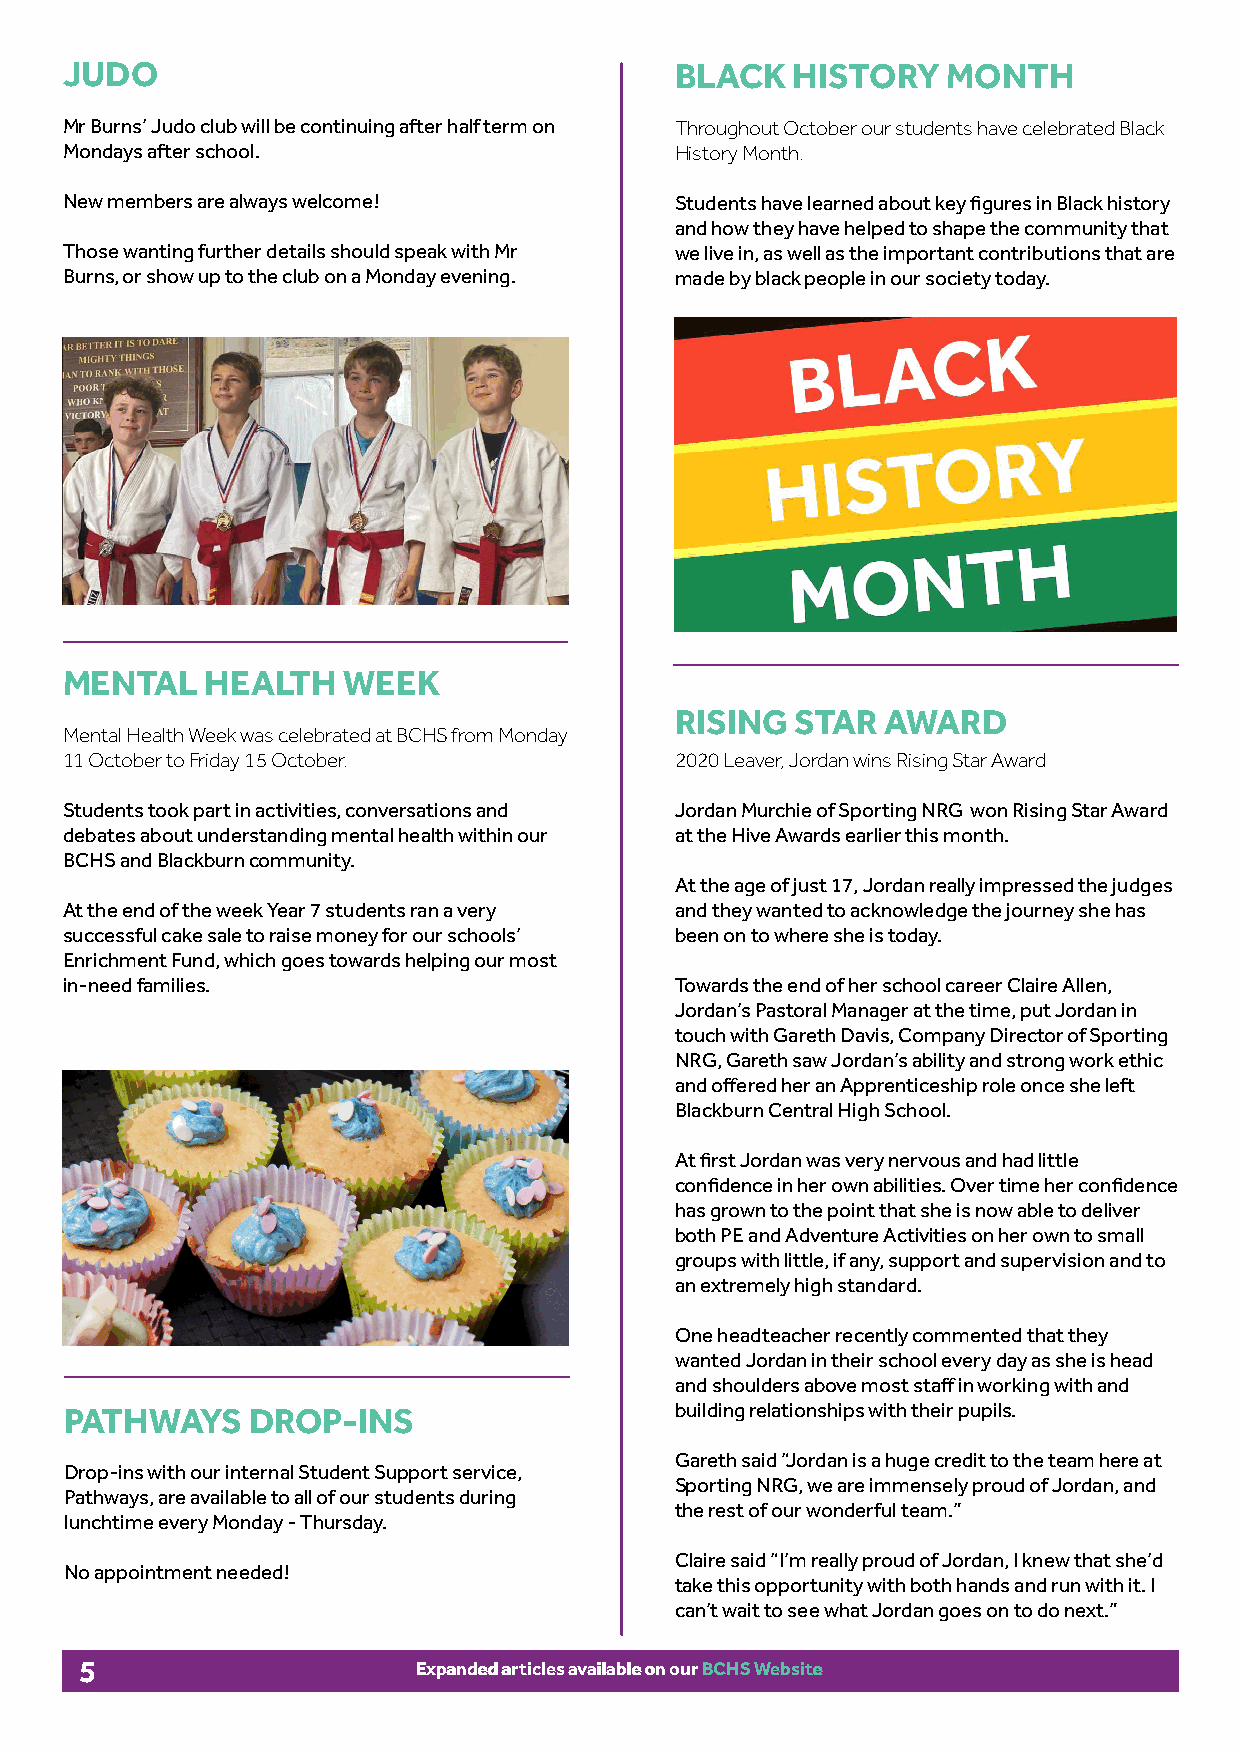
JUDO                                     BLACK  HISTORY    MONTH
 Mr Burns’ Judo club will be continuing after half term on Throughout October our students have celebrated Black
 Mondays after school.                    History Month.
 New members are always welcome!          Students have learned about key figures in Black history
 and how they have helped to shape the community that
 Those wanting further details should speak with Mr we live in, as well as the important contributions that are
 Burns, or show up to the club on a Monday evening. made by black people in our society today.
 MENTAL    HEALTH   WEEK
 RISING  STAR  AWARD
 Mental Health Week was celebrated at BCHS from Monday
 11 October to Friday 15 October.         2020 Leaver, Jordan wins Rising Star Award
 Students took part in activities, conversations and Jordan Murchie of Sporting NRG won Rising Star Award
 debates about understanding mental health within our at the Hive Awards earlier this month.
 BCHS and Blackburn community.
 At the age of just 17, Jordan really impressed the judges
 At the end of the week Year 7 students ran a very and they wanted to acknowledge the journey she has
 successful cake sale to raise money for our schools’ been on to where she is today.
 Enrichment Fund, which goes towards helping our most
 in-need families.                        Towards the end of her school career Claire Allen,
 Jordan’s Pastoral Manager at the time, put Jordan in
 touch with Gareth Davis, Company Director of Sporting
 NRG, Gareth saw Jordan’s ability and strong work ethic
 and offered her an Apprenticeship role once she left
 Blackburn Central High School.
 At first Jordan was very nervous and had little
 confidence in her own abilities. Over time her confidence
 has grown to the point that she is now able to deliver
 both PE and Adventure Activities on her own to small
 groups with little, if any, support and supervision and to
 an extremely high standard.
 One headteacher recently commented that they
 wanted Jordan in their school every day as she is head
 and shoulders above most staff in working with and
 PATHWAYS    DROP-INS                     building relationships with their pupils.
 Gareth said “Jordan is a huge credit to the team here at
 Drop-ins with our internal Student Support service,
 Sporting NRG, we are immensely proud of Jordan, and
 Pathways, are available to all of our students during
 the rest of our wonderful team.”
 lunchtime every Monday - Thursday.
 Claire said “I’m really proud of Jordan, I knew that she’d
 No appointment needed!
 take this opportunity with both hands and run with it. I
 can’t wait to see what Jordan goes on to do next.”
 5                      EExxppaannddeedd aarrttiicclleess aavvaaiillaabbllee oonn oouurr BBCCHHSS WWeebbssiittee